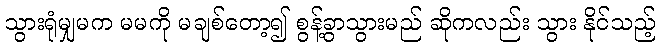
သွားရုံမျှမက မမကို မချစ်တော့၍ စွန့်ခွာသွားမည် ဆိုကလည်း သွား နိုင်သည့်